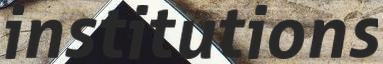
institutions